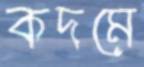
কদমে